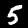
Label: 5